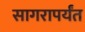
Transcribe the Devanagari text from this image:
सागरापर्यंत